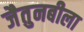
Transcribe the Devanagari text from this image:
जैतुनबीला